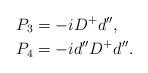
LaTeX: \begin{align*}P_3 & = -iD^+d^{\prime\prime} , \\P_4 & = -id^{\prime\prime}D^+d^{\prime\prime} .\end{align*}